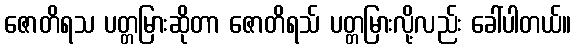
ဇောတိရသ ပတ္တမြားဆိုတာ ဇောတိရသ် ပတ္တမြားလို့လည်း ခေါ်ပါတယ်။